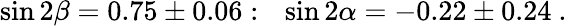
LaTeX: \sin 2\beta=0.75\pm 0.06:~~\sin 2\alpha=-0.22\pm 0.24~.